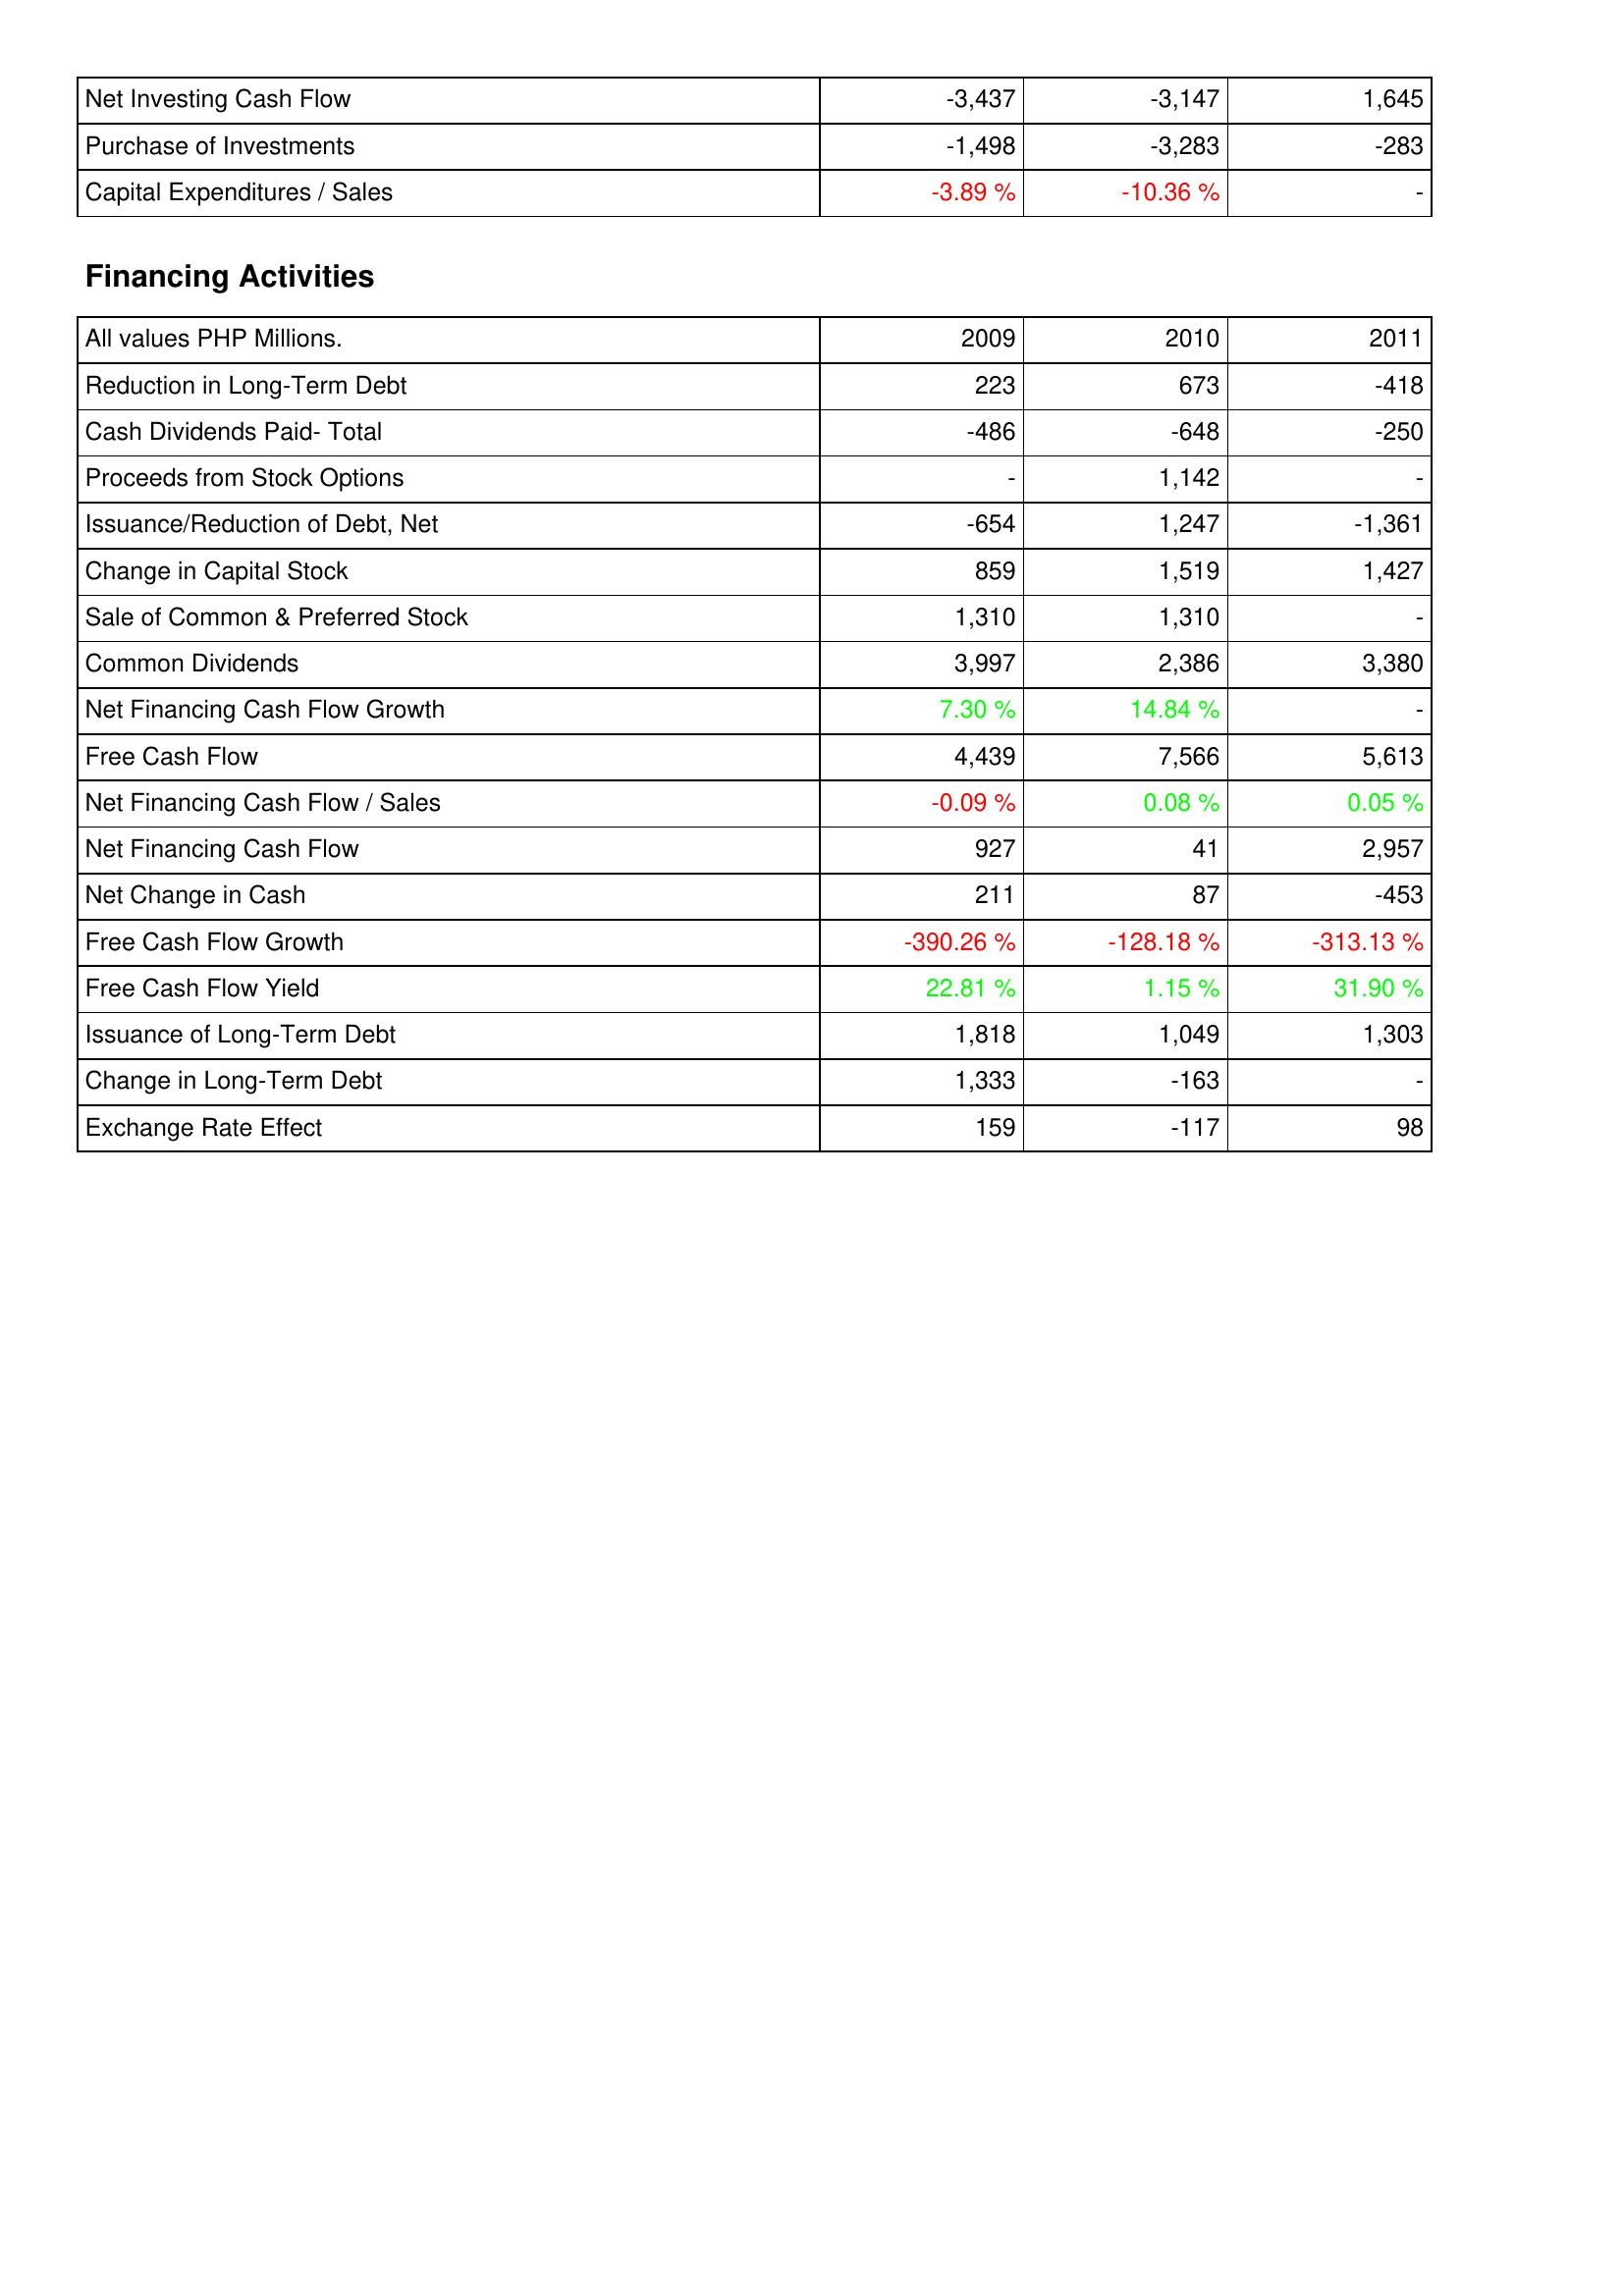
2009: Investing Activities: Net Investing Cash Flow: -3,437
Purchase of Investments: -1,498
Capital Expenditures / Sales: -3.89 %
Financing Activities: Reduction in Long-Term Debt: 223
Cash Dividends Paid- Total: -486
Proceeds from Stock Options: -
Issuance/Reduction of Debt, Net: -654
Change in Capital Stock: 859
Sale of Common & Preferred Stock: 1,310
Common Dividends: 3,997
Net Financing Cash Flow Growth: 7.30 %
Free Cash Flow: 4,439
Net Financing Cash Flow / Sales: -0.09 %
Net Financing Cash Flow: 927
Net Change in Cash: 211
Free Cash Flow Growth: -390.26 %
Free Cash Flow Yield: 22.81 %
Issuance of Long-Term Debt: 1,818
Change in Long-Term Debt: 1,333
Exchange Rate Effect: 159
2010: Investing Activities: Net Investing Cash Flow: -3,147
Purchase of Investments: -3,283
Capital Expenditures / Sales: -10.36 %
Financing Activities: Reduction in Long-Term Debt: 673
Cash Dividends Paid- Total: -648
Proceeds from Stock Options: 1,142
Issuance/Reduction of Debt, Net: 1,247
Change in Capital Stock: 1,519
Sale of Common & Preferred Stock: 1,310
Common Dividends: 2,386
Net Financing Cash Flow Growth: 14.84 %
Free Cash Flow: 7,566
Net Financing Cash Flow / Sales: 0.08 %
Net Financing Cash Flow: 41
Net Change in Cash: 87
Free Cash Flow Growth: -128.18 %
Free Cash Flow Yield: 1.15 %
Issuance of Long-Term Debt: 1,049
Change in Long-Term Debt: -163
Exchange Rate Effect: -117
2011: Investing Activities: Net Investing Cash Flow: 1,645
Purchase of Investments: -283
Capital Expenditures / Sales: -
Financing Activities: Reduction in Long-Term Debt: -418
Cash Dividends Paid- Total: -250
Proceeds from Stock Options: -
Issuance/Reduction of Debt, Net: -1,361
Change in Capital Stock: 1,427
Sale of Common & Preferred Stock: -
Common Dividends: 3,380
Net Financing Cash Flow Growth: -
Free Cash Flow: 5,613
Net Financing Cash Flow / Sales: 0.05 %
Net Financing Cash Flow: 2,957
Net Change in Cash: -453
Free Cash Flow Growth: -313.13 %
Free Cash Flow Yield: 31.90 %
Issuance of Long-Term Debt: 1,303
Change in Long-Term Debt: -
Exchange Rate Effect: 98